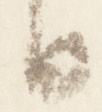
日